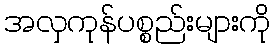
အလှကုန်ပစ္စည်းများကို